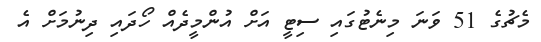
މެޗުގެ 51 ވަނަ މިނެޓުގައި ސިޓީ އަށް އުންމީދެއް ހޯދައި ދިނުމަށް އެ